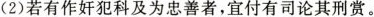
(2)若有作奸犯科及为忠善者，宜付有司论其刑赏。